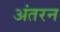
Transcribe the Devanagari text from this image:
अंतरन